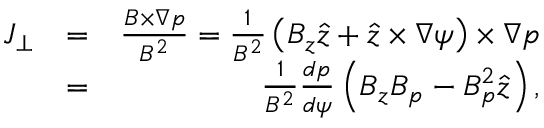
\begin{array} { r l r } { \boldsymbol { J } _ { \perp } } & { = } & { \frac { \boldsymbol { B } \times \nabla p } { B ^ { 2 } } = \frac { 1 } { B ^ { 2 } } \left( B _ { z } \boldsymbol { \hat { z } } + \boldsymbol { \hat { z } } \times \nabla \psi \right) \times \nabla p } \\ & { = } & { \frac { 1 } { B ^ { 2 } } \frac { d p } { d \psi } \left( B _ { z } \boldsymbol { B } _ { p } - B _ { p } ^ { 2 } \boldsymbol { \hat { z } } \right) , } \end{array}